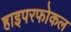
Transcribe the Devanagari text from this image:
हाइपरफोकल